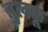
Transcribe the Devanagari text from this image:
तुलकू